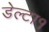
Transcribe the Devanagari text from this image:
डेल्टा१